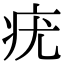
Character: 疣